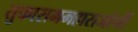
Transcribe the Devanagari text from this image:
तुकाराममहाराजांनीं